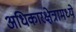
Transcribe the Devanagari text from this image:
अधिकारक्षेत्रामध्ये